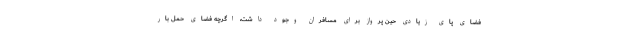
فضای پای زیادی حین پرواز برای مسافران وجود داشت، اگرچه فضای حمل بار